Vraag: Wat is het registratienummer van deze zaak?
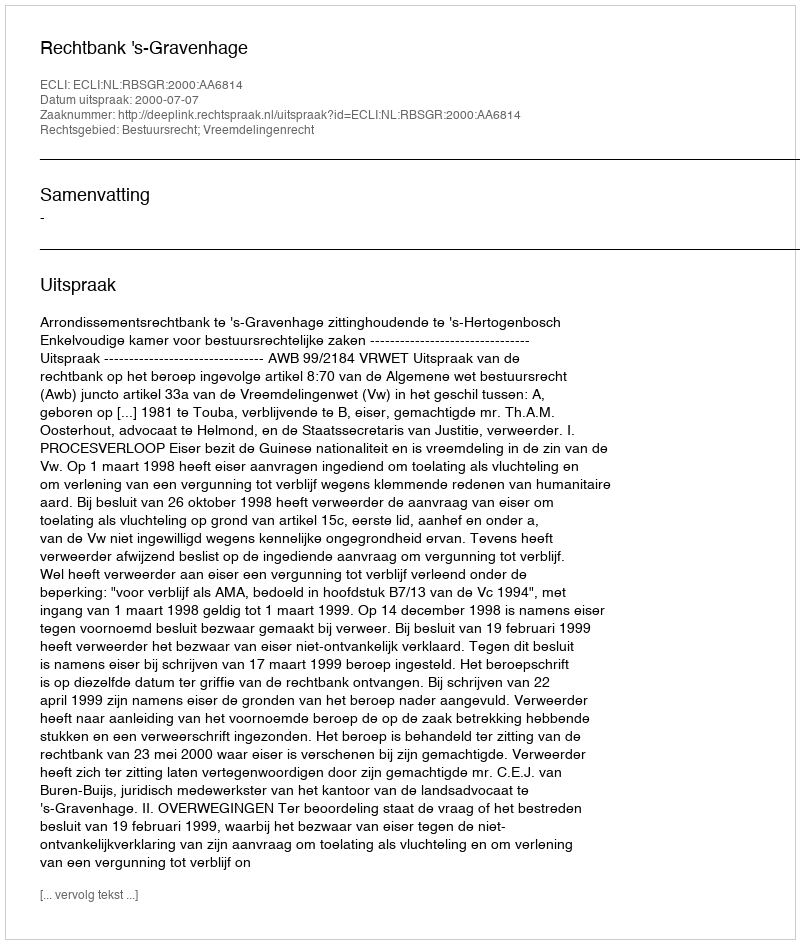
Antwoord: http://deeplink.rechtspraak.nl/uitspraak?id=ECLI:NL:RBSGR:2000:AA6814